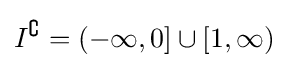
I^{\complement }=(-\infty ,0]\cup [1,\infty )